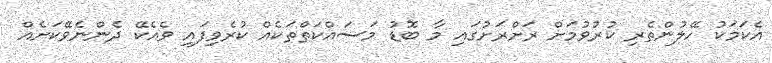
އެކަމަކު ހޭލުންތެރި ކުރުވުމަށް ރަށްރަށުގައި މާ ބޮޑު މަސައްކަތްތަކެއް ކުރެވިފައި ވެއެކޭ ދެންނެވޭކަށެއް